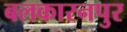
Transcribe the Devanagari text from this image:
बलकारनपुर